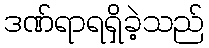
ဒဏ်ရာရရှိခဲ့သည်